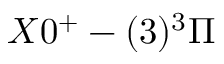
X 0 ^ { + } - ( 3 ) ^ { 3 } \Pi